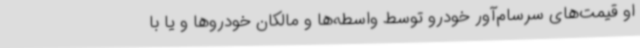
او قیمت‌های سرسام‌آور خودرو توسط واسطه‌ها و مالکان خودروها و یا با